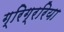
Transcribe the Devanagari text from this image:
ग्रिग्ररिया